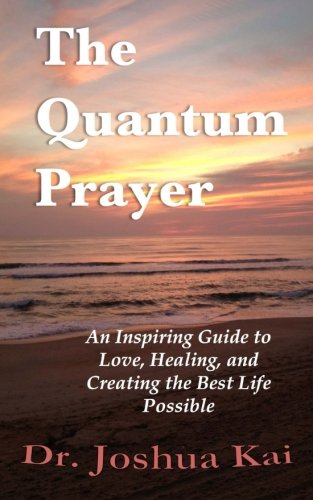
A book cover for The Quantum Prayer: An Inspiring Guide to Love, Healing, and Creating the Best Life Possible; Dr. Joshua Kai; Christian Books & Bibles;